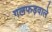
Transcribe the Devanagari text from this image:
गलफड़वाले